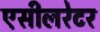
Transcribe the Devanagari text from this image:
एसीलरेटर